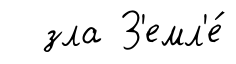
зла З'емл'е́